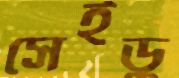
সেইডু